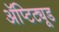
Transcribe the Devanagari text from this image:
ॲप्टिट्यूड